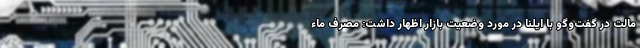
مالت در گفت‌وگو با ایلنا در مورد وضعیت بازار اظهار داشت: مصرف ماء